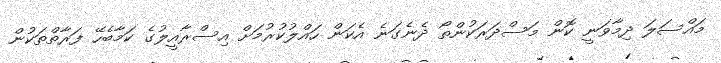
މައްސަލަ ދިމާވަނީ ކޮން މަސްދަރަކުންތޯ ދެނެގަނެ އެކަން ހައްލުކުރުމަށް އިސްރާއީލުގެ ކަމާބެހޭ ފަރާތްތަކުން